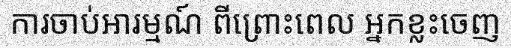
ការចាប់អារម្មណ៍ ពីព្រោះពេល អ្នកខ្លះចេញ